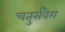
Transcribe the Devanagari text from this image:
चतुर्संवेग